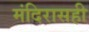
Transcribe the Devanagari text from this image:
मंदिरासही